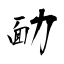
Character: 勔